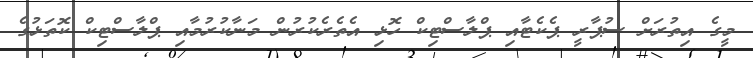
މީގެ އިތުރަށް ސުޕާރީ ޕެކެޓާއި ޕްލާސްޓިކް ހޮޅި އެތެރެކުރުން މަނާކުރުމާއި ޕްލާސްޓިކް ކޮތަޅުގެ